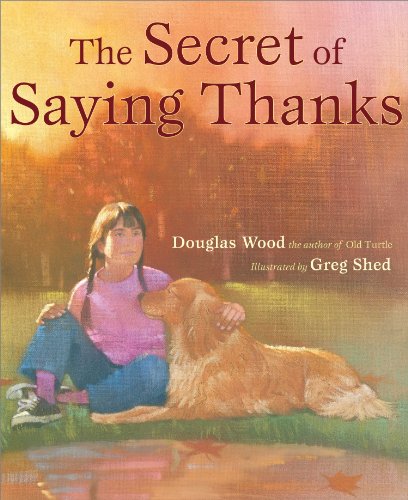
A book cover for Secret of Saying Thanks; Douglas Wood; Children's Books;